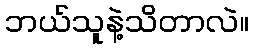
ဘယ်သူနဲ့သိတာလဲ။